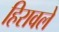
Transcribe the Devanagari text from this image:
हिरावले